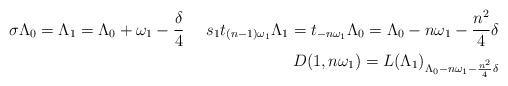
LaTeX: \begin{align*}\textup{$\sigma\Lambda_0=\Lambda_1=\Lambda_0+\omega_1-\frac{\delta}{4}$ \quad$s_1t_{(n-1)\omega_1}\Lambda_1=t_{-n\omega_1}\Lambda_0=\Lambda_0-n\omega_1-\frac{n^2}{4}\delta$}\\\textup{$D(1,n\omega_1)=L(\Lambda_1)_{\Lambda_0-n\omega_1-\frac{n^2}{4}\delta}$}\end{align*}